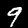
Label: 9